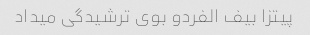
پیتزا بیف الفردو بوی ترشیدگی میداد